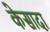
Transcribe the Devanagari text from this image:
केसादा